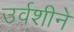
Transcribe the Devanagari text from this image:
उर्वशीने